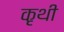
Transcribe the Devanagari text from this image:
कृथी